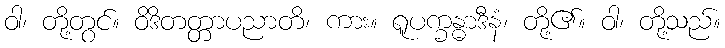
ဝါ၊ တို့တွင်။ ဝိဒိတတ္တာပညာတိ၊ ကား။ ရူပက္ခန္ဓာဒီနံ၊ တို့၏။ ဝါ၊ တို့သည်။